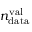
n _ { \mathrm { d a t a } } ^ { \mathrm { v a l } }